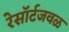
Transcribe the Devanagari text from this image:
रेसॉर्टजवळ